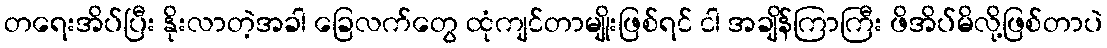
တရေးအိပ်ပြီး နိုးလာတဲ့အခါ ခြေလက်တွေ ထုံကျင်တာမျိုးဖြစ်ရင် ငါ အချိန်ကြာကြီး ဖိအိပ်မိလို့ဖြစ်တာပဲ